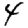
Digit: 4